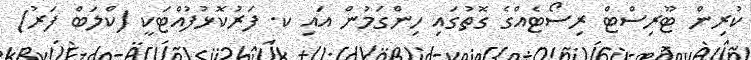
ކުރިން ޓޫރިސްޓް ރިސޯޓެއްގެ ގޮތުގައި ހިންގަމުން އައި ކ. ފަރުކޮޅުފުއްޓަކީ (ކްލަބް ފަރު)